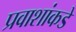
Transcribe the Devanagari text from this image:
प्रवाशांकडे